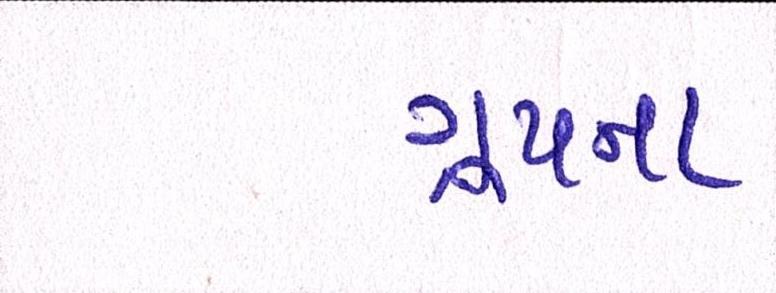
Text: ગ્રૂપના